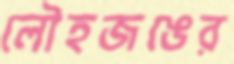
লৌহজঙের